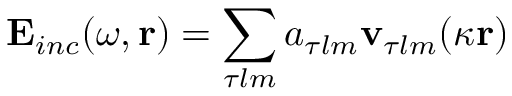
\mathbf { E } _ { i n c } ( \omega , \mathbf { r } ) = \sum _ { \tau l m } a _ { \tau l m } \mathbf { v } _ { \tau l m } ( \kappa \mathbf { r } )